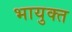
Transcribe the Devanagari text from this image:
भायुक्त